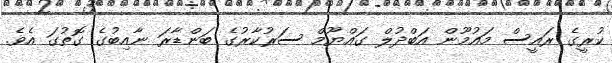
ކުރީގެ ރައީސް މައުމޫން އަބްދުލް ގައްޔޫމް ސަރުކާރުގެ ބަންޑާރަ ނާއިބުގެ ގޮތުގަ އެވެ.